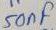
Text: 50µF